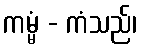
ကမ္မံ - ကံသည်၊